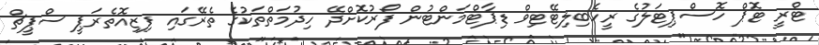
ޓްރީ ޓޮޕް ހޮސްޕިޓަލުގެ ރީހެބިލިޓޭޓިވް ޑިޕާޓްމަންޓުން ފޯރުކޮށްދޭ ހިދުމަތްތަކުގެ ތެރޭގައި ފިޒިއޮތެރަޕީ ސްޕީޗް